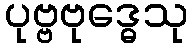
ပုဗ္ဗဗုဒ္ဓေသု